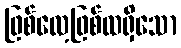
ဖြစ်လေ့ဖြစ်ထရှိသော